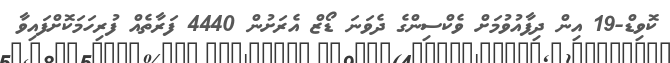
ކޮވިޑް-19 އިން ދިފާއުވުމަށް ވެކްސިންގެ ދެވަނަ ޑޯޒް އެރަށުން 4440 ފަރާތެއް ފުރިހަމަކޮށްފައިވާ